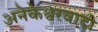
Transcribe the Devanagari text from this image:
अनेकेश्वरवादी